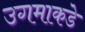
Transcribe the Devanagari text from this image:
उगमाकडे